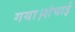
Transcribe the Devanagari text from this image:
गया।शंघाई